Papers set at the Examination for Leaving Certificates, 1894
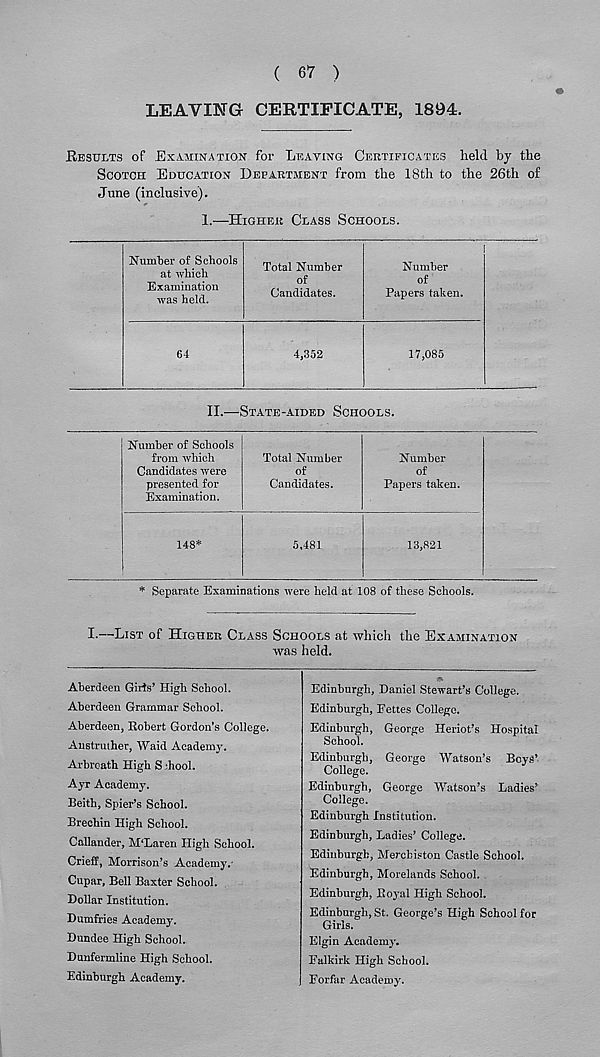
( 67 )
LEAVING CERTIFICATE, 1894.
Kesults of Examination for Leaving Certificates held by the
Scotch Education Department from the 18th to the 26th of
June (inclusive).
1.—Higher Class Schools.
Number of Schools
at which
Examination
was held.
Total Number
of
Candidates.
64
4,352
Number
of
Papers taken.
17,085
II.—State-aided Schools.
Number of Schools
from which
Candidates were
presented for
Examination.
148*
Total Number
of
Candidates.
Number
of
Papers taken.
5,481
13,821
* Separate Examinations were held at 108 of these Schools.
I.—List of Higher Class Schools at which the Examination
was held.
Aberdeen Girts’ High School.
Aberdeen Grammar School.
Aberdeen, Robert Gordon’s College.
Anstruther, Waid Academy.
Arbroath High S :hool.
Ayr Academy.
Beitb, Spier’s School.
Brechin High School.
Callander, M'Laren High School.
Crieff, Morrison’s Academy.-
Cupar, Bell Baxter School.
Dollar Institution.
Dumfries Academy.
Dundee High School.
Dunfermline High School.
Edinburgh Academy.
Edinburgh, Daniel Stewart’s College.
Edinburgh, Eettes College.
Edinburgh, George Heriot’s Hospital
School.
Edinburgh, George Watson’s Boys’
College.
Edinburgh, George Watson’s Ladies’
College.
Edinburgh Institution.
Edinburgh, Ladies’ College.
Edinburgh, Mercbiston Castle School.
Edinburgh, Morelands School.
Edinburgh, Royal High School.
Edinburgh, St. George’s High School for
Girls.
Elgin Academy.
Falkirk High School.
Forfar Academy.